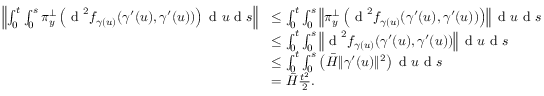
\begin{array} { r l } { \left\| \int _ { 0 } ^ { t } \int _ { 0 } ^ { s } \pi _ { y } ^ { \perp } \left( \textrm { d } ^ { 2 } f _ { \gamma ( u ) } ( \gamma ^ { \prime } ( u ) , \gamma ^ { \prime } ( u ) ) \right) \textrm { d } u \textrm { d } s \right\| } & { \leq \int _ { 0 } ^ { t } \int _ { 0 } ^ { s } \left\| \pi _ { y } ^ { \perp } \left( \textrm { d } ^ { 2 } f _ { \gamma ( u ) } ( \gamma ^ { \prime } ( u ) , \gamma ^ { \prime } ( u ) ) \right) \right\| \textrm { d } u \textrm { d } s } \\ & { \leq \int _ { 0 } ^ { t } \int _ { 0 } ^ { s } \left\| \textrm { d } ^ { 2 } f _ { \gamma ( u ) } ( \gamma ^ { \prime } ( u ) , \gamma ^ { \prime } ( u ) ) \right\| \textrm { d } u \textrm { d } s } \\ & { \leq \int _ { 0 } ^ { t } \int _ { 0 } ^ { s } \left( \bar { H } \| \gamma ^ { \prime } ( u ) \| ^ { 2 } \right) \textrm { d } u \textrm { d } s } \\ & { = \bar { H } \frac { t ^ { 2 } } { 2 } . } \end{array}